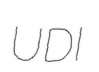
UDI